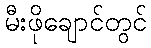
မီးဖိုချောင်တွင်